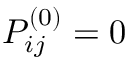
P _ { i j } ^ { ( 0 ) } = 0